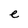
Character: e